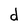
Character: d